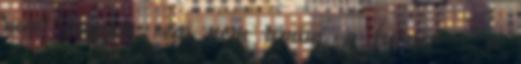
mert nagyon régi nem apám, a furnér - a